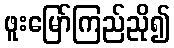
ဖူးမြော်ကြည်ညို၍